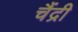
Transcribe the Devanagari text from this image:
चैंद्री